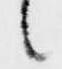
言